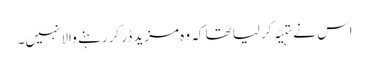
اس نے تہیّہ کر لیا تھا کہ وہ مزید ڈر کر رہنے والا نہیں۔